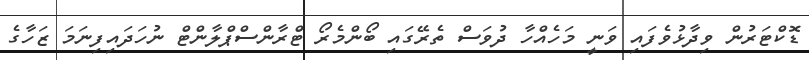
ޑޮކްޓަރުން ވިދާޅުވެފައި ވަނީ މަހެއްހާ ދުވަސް ތެރޭގައި ބޯންމެރޯ ޓްރާންސްޕްލާންޓް ނުހަދައިފިނަމަ ޒަހާގެ